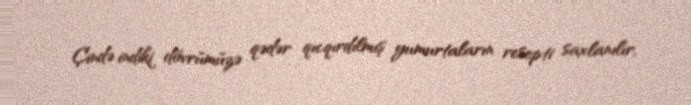
Çində indiki dövrümüzə qədər qıcqırdılmış yumurtaların resepti saxlanılır,